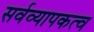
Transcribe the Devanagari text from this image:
सर्वव्यापकत्व